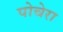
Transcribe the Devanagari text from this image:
पोचेरा